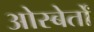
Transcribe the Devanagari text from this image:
ओस्बेर्तों